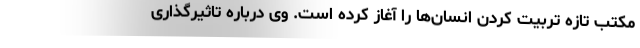
مکتب تازه تربیت کردن انسان‌ها را آغاز کرده‌ است. وی درباره تاثیرگذاری